Lunatic asylums Central Provinces reports 1874-1885 - 1874-1885
Year: 1874
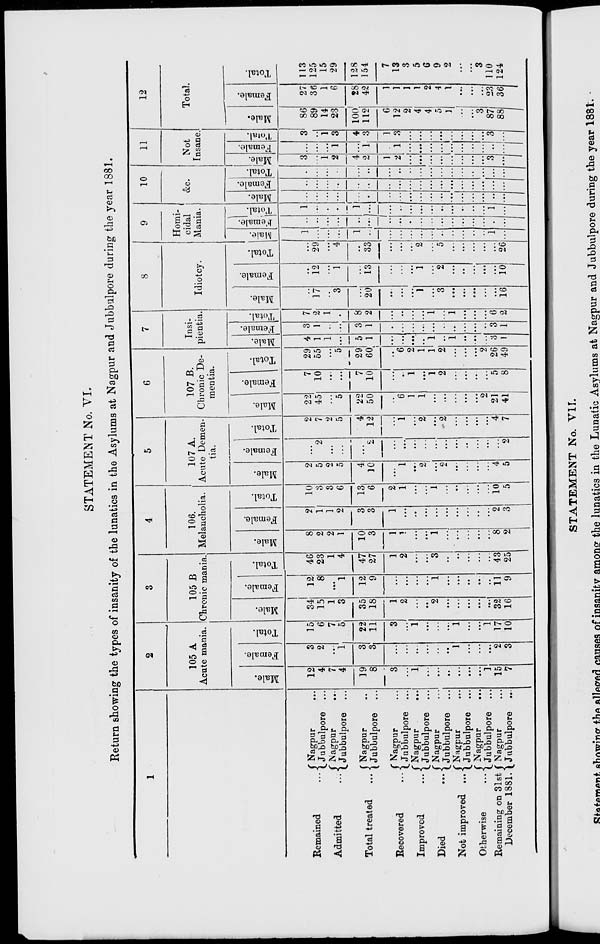
STATEMENT No. VI.
Return showing the types of insanity of the lunatics in the Asylums at Nagpur and Jubbulpore during the year 1881.
1
Remained ...
Admitted ...
Total treated ...
Recovered ...
Improved ...
Died
...
Not improved ...
Otherwise ...
Remaining on 31st
December 1881.
Nagpur ...
Jubbulpore ...
Nagpur ...
Jubbulpore ...
Nagpur ...
Jubbulpore ...
Nagpur ...
Jubbulpore ...
Nagpur ...
Jubbulpore ...
Nagpur ...
Jubbulpore ...
Nagpur ...
Jubbulpore ...
Nagpur
...
Jubbulpore ...
Nagpur ...
Jubbulpore ...
2
105 A
Acute mania.
Male.
12
4
7
4
19
8
3
...
1
...
...
...
...
...
...
1
15
7
Female.
3
2
...
1
3
3
...
...
...
...
...
...
1
...
...
...
2
3
Total.
15
6
7
5
22
11
3
...
1
...
...
...
1
...
...
1
17
10
3
105 B
Chronic mania.
Male.
34
15
1
3
35
18
1
2
...
...
2
...
...
...
...
...
32
16
Female.
12
8
...
1
12
9
...
...
...
...
1
...
...
...
...
...
11
9
Total.
46
23
1
4
47
27
1
2
...
...
3
...
...
...
...
...
43
25
4
106.
Melancholia.
Male.
8
2
2
1
10
3
1
1
...
...
1
...
...
...
...
...
8
2
Female.
2
1
1
2
3
3
1
...
...
...
...
...
...
...
...
...
2
3
Total.
10
3
3
6
13
6
2
1
...
...
1
...
...
...
...
...
10
5
5
107 A.
Acute Demen-
tia.
Male.
2
5
2
5
4
10
...
1
...
2
...
2
...
...
...
...
4
5
Female.
...
2
...
...
...
2
...
...
...
...
...
...
...
...
...
...
...
2
Total.
2
7
2
5
4
12
...
1
...
2
...
2
...
...
...
...
4
7
6
107 B.
Chronic De-
mentia.
Male.
22
45
...
5
22
50
...
6
1
1
...
...
...
...
...
2
21
41
Female.
7
10
...
...
7
10
...
...
1
...
1
2
...
...
...
...
5
8
Total.
29
55
...
5
29
60
...
6
2
1
1
2
...
...
...
2
26
49
7
Insi-
pientia.
Male.
4
1
1
...
5
1
...
...
...
...
1
...
1
...
...
...
3
1
Female.
3
1
...
...
3
1
...
...
...
...
...
...
...
...
...
...
3
1
Total.
7
2
1
...
8
2
...
...
...
...
1
...
1
...
...
...
6
2
8
Idiotcy.
Male.
...
17
...
3
...
20
...
...
...
1
...
3
...
...
...
...
...
16
Female.
...
12
...
1
1
13
...
...
...
1
...
2
...
...
...
...
...
10
Total.
...
29
...
4
...
33
...
...
...
2
...
5
...
...
...
...
...
26
9
Homi-
cidal
Mania.
Male.
1
...
...
...
1
...
...
...
...
...
...
...
...
...
...
...
1
...
Female.
...
...
...
...
...
...
...
...
...
...
...
...
...
...
...
...
...
...
Total.
1
...
...
...
...
...
...
...
...
...
...
...
...
...
...
...
1
...
10
&c.
Male.
...
...
...
...
...
...
...
...
...
...
...
...
...
...
...
...
...
...
Female.
...
...
...
...
...
...
...
...
...
...
...
...
...
...
...
...
...
...
Total.
...
...
...
...
...
...
...
...
...
...
...
...
...
...
...
...
...
...
11
Not
Insane.
Male.
3
...
1
2
4
2
1
2
...
...
...
...
...
...
...
...
3
...
Female.
...
...
...
1
..
1
...
1
...
...
...
...
...
...
...
...
...
...
Total.
3
...
1
3
4
3
1
3
...
...
...
...
...
...
...
...
3
...
12
Total.
Male.
86
89
14
23
100
112
6
12
2
4
4
5
1
...
...
3
87
88
Female.
27
36
1
6
28
42
1
1
1
1
2
4
1
...
...
...
23
36
Total.
113
125
15
29
128
154
7
13
3
5
6
9
2
...
...
3
110
124